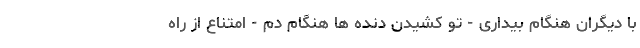
با دیگران هنگام بیداری - تو کشیدن دنده ها هنگام دم - امتناع از راه